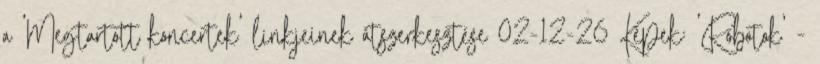
a 'Megtartott koncertek' linkjeinek átszerkesztése 02-12-26 Képek: 'Robotok' -